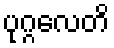
ပုဂ္ဂလေတိ